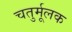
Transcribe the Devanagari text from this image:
चतुर्मूलक